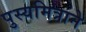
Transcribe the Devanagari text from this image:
पुस्यमित्राने